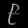
Digit: ၉